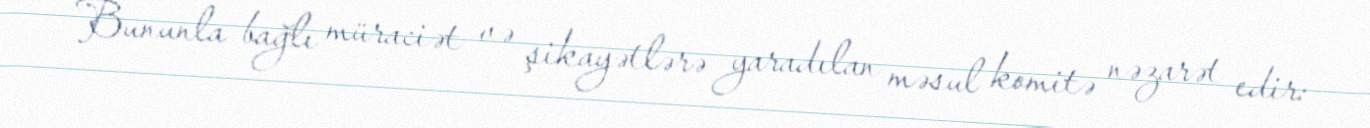
Bununla bağlı müraciət və şikayətlərə yaradılan məsul komitə nəzarət edir: